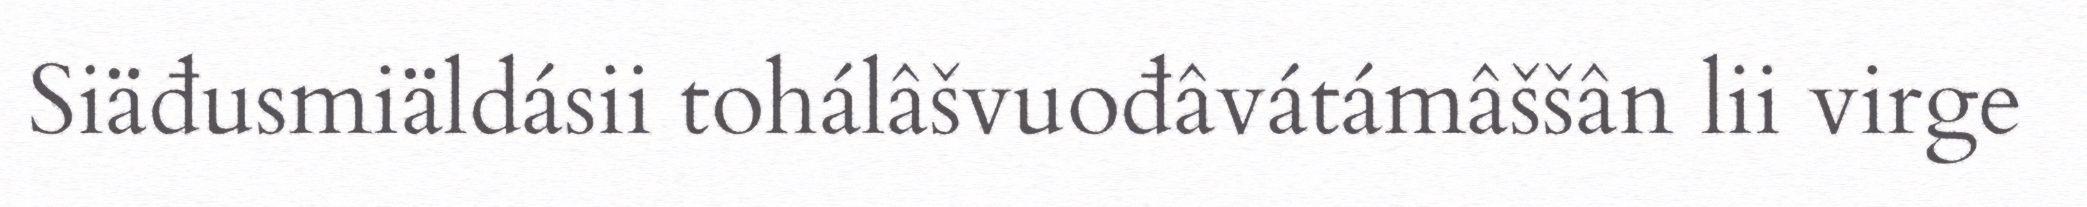
Siäđusmiäldásii tohálâšvuođâvátámâššân lii virge